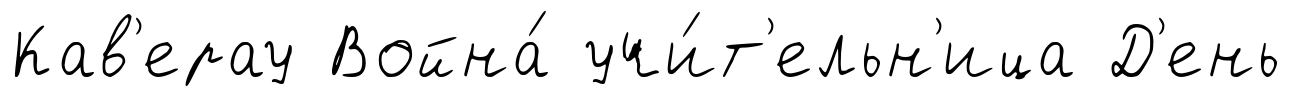
Кав'ерау Война́ учи́т'ельн'ица Д'ень